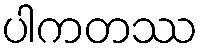
ပါကတဿ